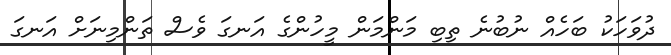
ދުވަހަކު ބަހެއް ނުބުނެ ތިބި މަންމަން މީހުންގެ އަނގަ ވެސް ތަންމިނަށް އަނގަ